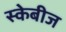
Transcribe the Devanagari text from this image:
स्केबीज